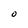
Character: O